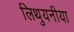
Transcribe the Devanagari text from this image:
लिथुयनीया